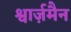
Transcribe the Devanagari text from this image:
श्वार्ज़मैन